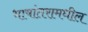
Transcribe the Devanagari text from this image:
भाषांतरामधील